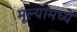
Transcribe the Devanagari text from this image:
मूल्यामध्ये